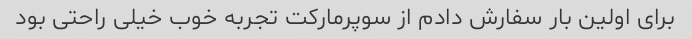
برای اولین بار سفارش دادم از سوپرمارکت تجربه خوب خیلی راحتی بود